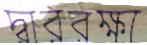
দ্বাররক্ষা